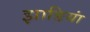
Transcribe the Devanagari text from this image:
झाङियां